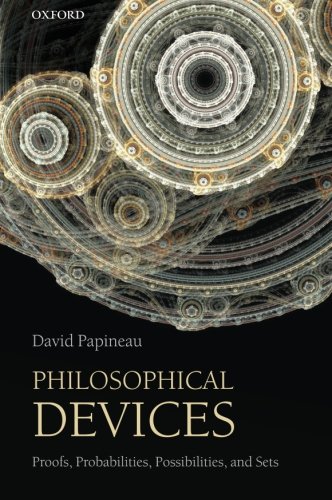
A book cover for Philosophical Devices: Proofs, Probabilities, Possibilities, and Sets; David Papineau; Politics & Social Sciences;